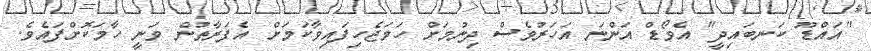
"އައްޑޫ ކަނބައިދީ" އެވޯޑް އަންނަ އަހަރުވެސް ދިނުމަށް ހަމަޖެހިފައިވާކަމަށް އެފަރާތުން ވަނީ ހާމަކޮށްފައެވެ.